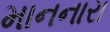
માનનારા